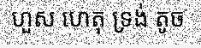
ហួស ហេតុ ទ្រង់ តូច